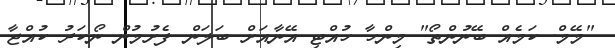
"މޭމް. ކަމެއް ބޭނުންތޯ" މިންހާ ހުއްޓި އޭނާއަށް ބަލަން ފެށުމުން ނޯކަރު ކުއްޖާ